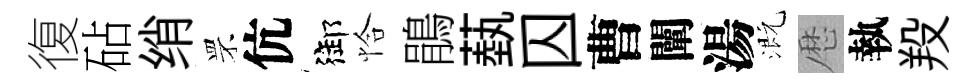
復砧绡罘伉御恰鵑蓺囚曹闡湯溉厯執羖